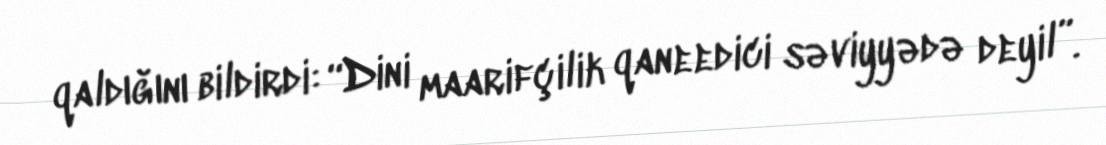
qaldığını bildirdi: “Dini maarifçilik qaneedici səviyyədə deyil”.